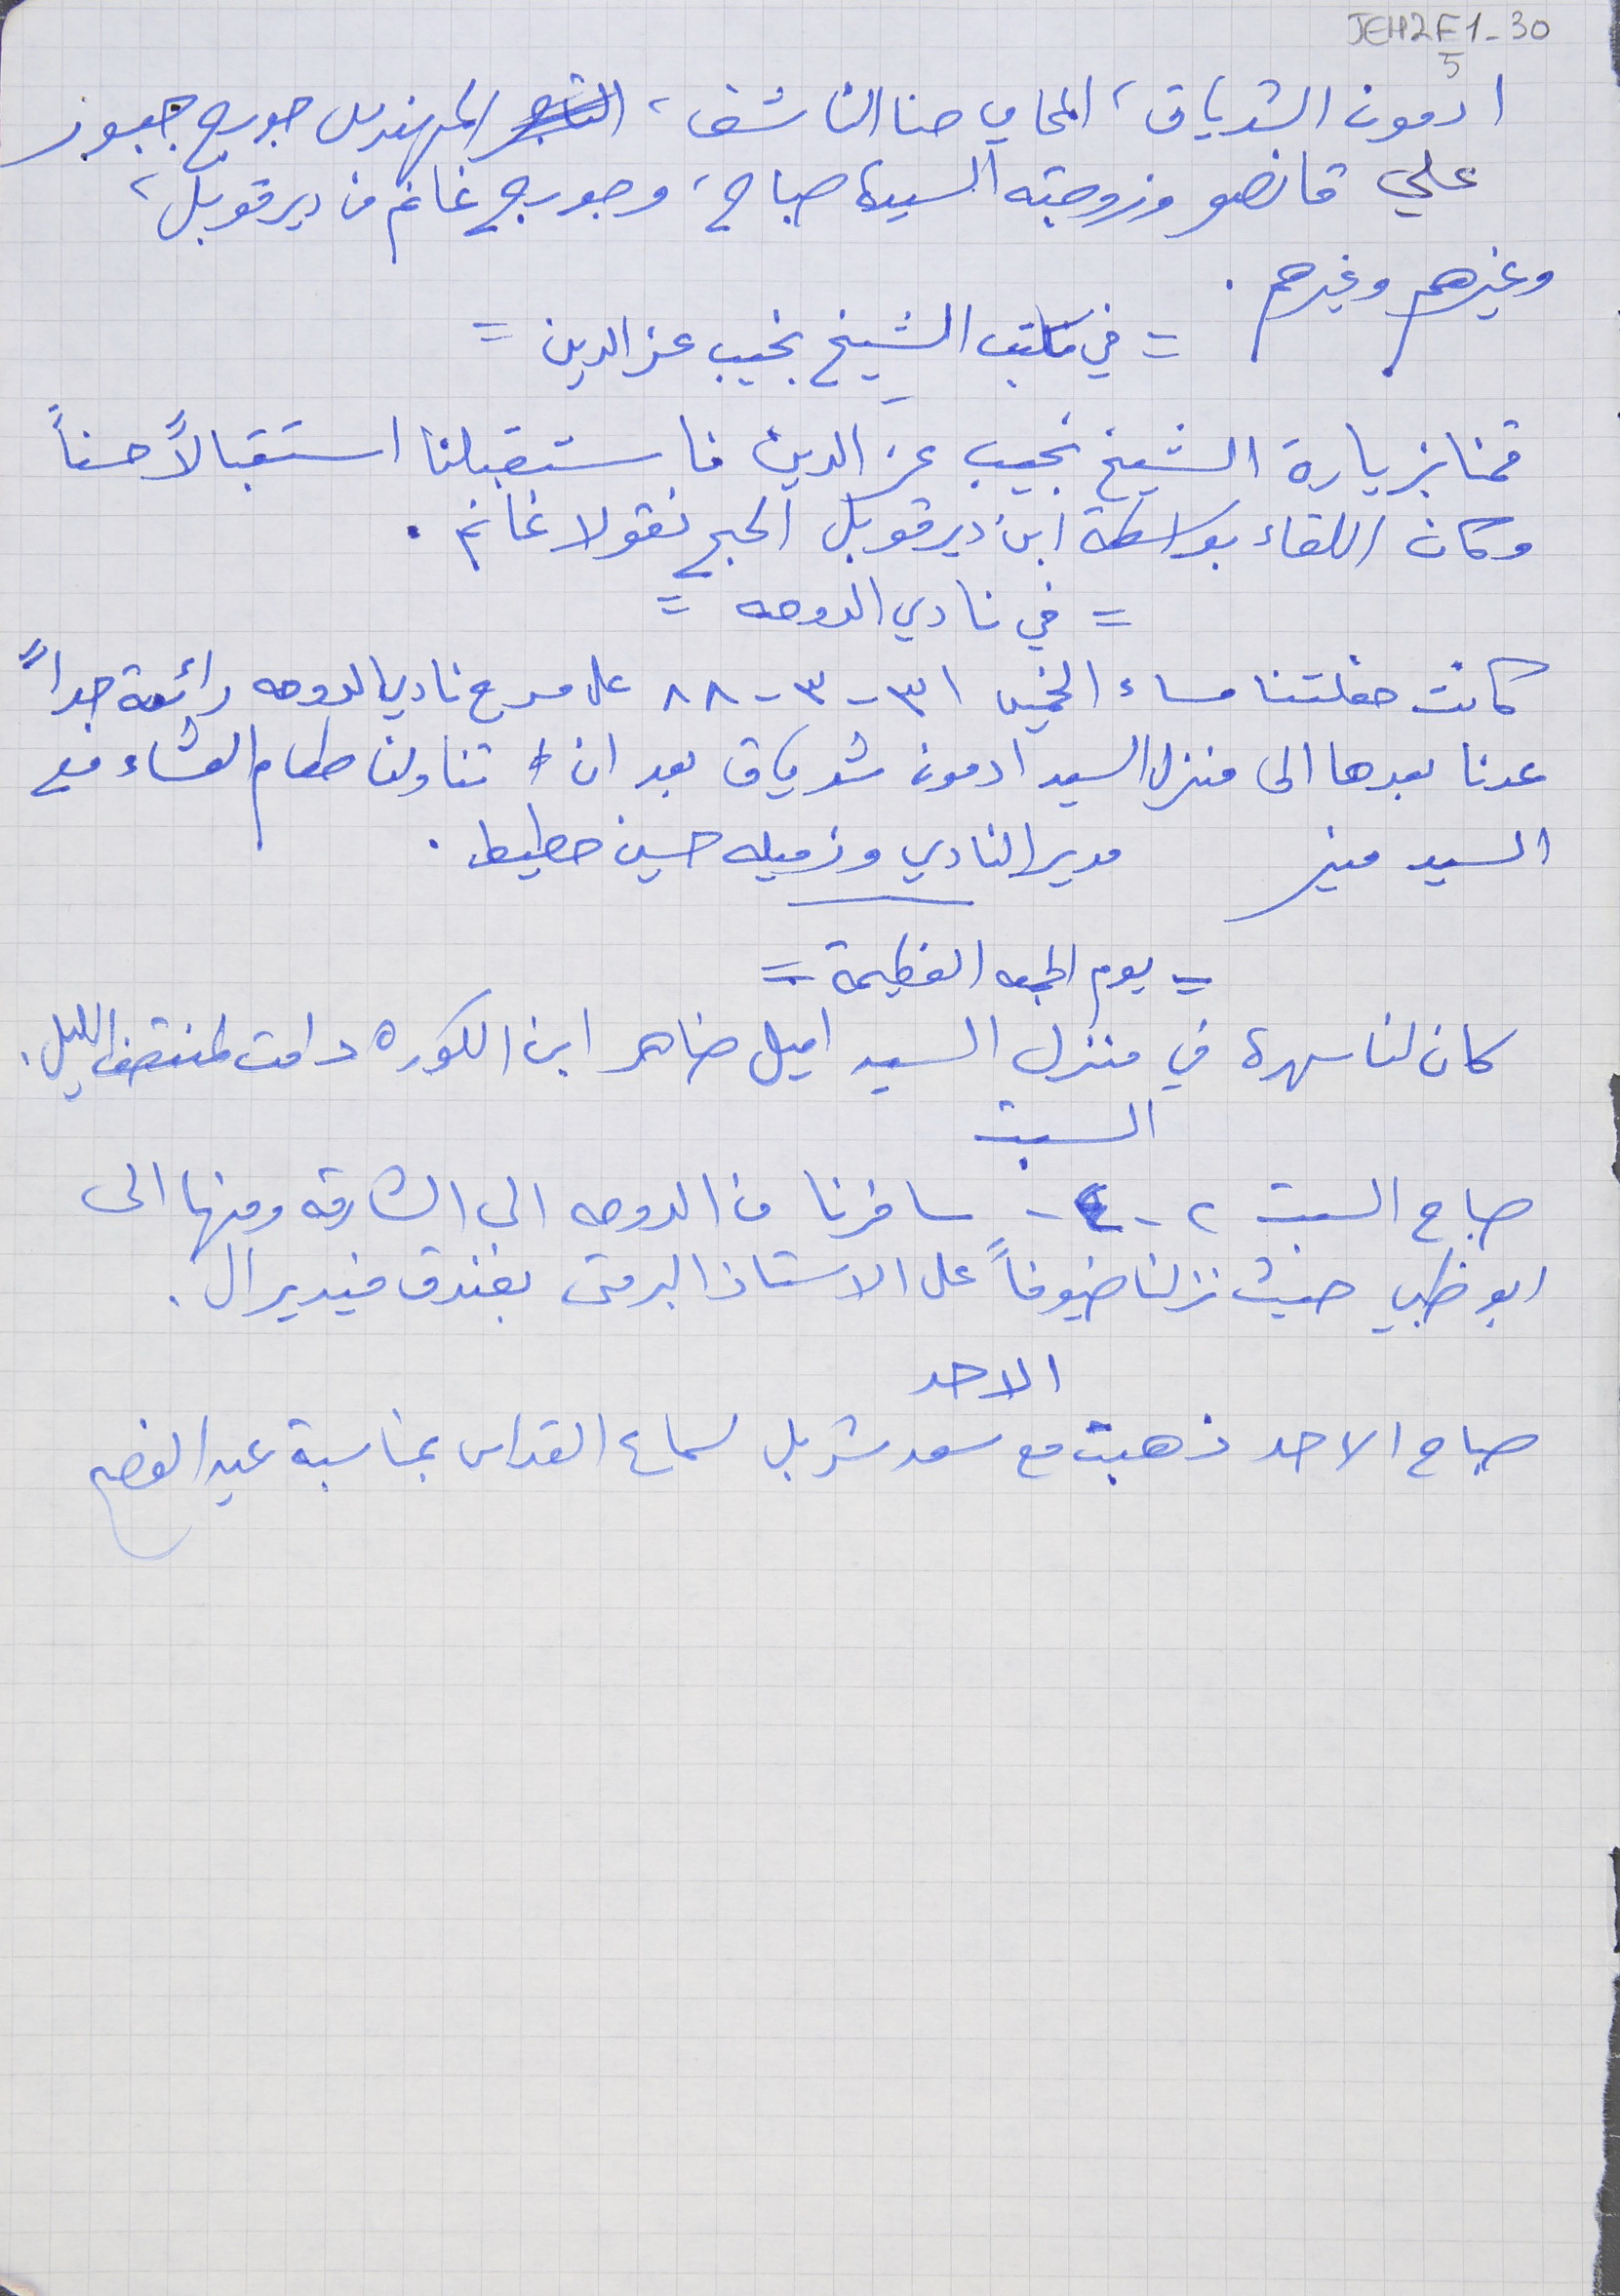
JEH2F1-305
 ادمون الشدياق، المحامي حنا الناشف، المهندس جورج جبور
 علي قانصو وزوجته السيدة صباح، وجورج غانم من دير قوبل،
= في مكتب الشيخ نجيب عز الدين =
قمنا بزيارة الشيخ نجيب عز الدين فاستقبلنا استقبالاً حسناً
 وكان اللقاء بواسطة ابن دير قوبل الحج نقولا غانم .
كانت حفلتنا مساء الخميس ٣١ - ٣ - ٨٨ على مسرح نادي الدوحه رائعة جداً
 عدنا بعدها الى منزل السيد ادمون شدياق بعد ان  تناولنا طعام العشاء مع
 السيد منير     مدير النادي وزميله حسين خطيط .
كان لنا سهرة في منزل السيد اميل ضاهر ابن الكوره دامت لمنتصف الليل .
 صباح السبت ٢ - ٤ - سافرنا من الدوحه الى الشارقه ومنها الى
 ابو ظبي حيث نزلنا ضيوفاً على الاستاذ البر متى بفندق فيديرال .
 صباح الاحد ذهبت مع سعد شربل لسماع القداس بمناسبة عيد الفصح
وغيرهم وغيرهم .
= في نادي الدوحه =
= يوم الجمعه العظيمة =
السبت
الاحد